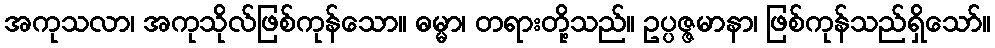
အကုသလာ၊ အကုသိုလ်ဖြစ်ကုန်သော။ ဓမ္မာ၊ တရားတို့သည်။ ဥပ္ပဇ္ဇမာနာ၊ ဖြစ်ကုန်သည်ရှိသော်။